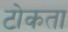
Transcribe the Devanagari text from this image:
टोकता